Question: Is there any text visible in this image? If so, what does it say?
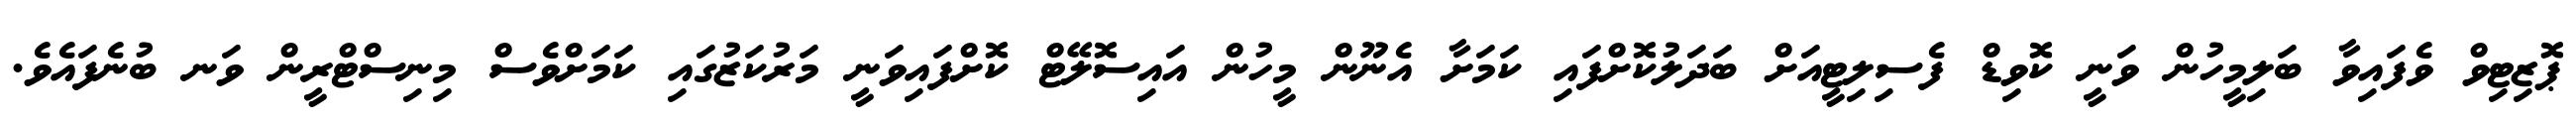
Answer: ޕޮޒިޓިވް ވެފައިވާ ބަލިމީހުން ވަނީ ކޮވިޑް ފެސިލިޓީއަށް ބަދަލުކޮށްފައި ކަމަށާ އެނޫން މީހުން އައިސޮލޭޓް ކޮށްފައިވަނީ މަރުކަޒުގައި ކަމަށްވެސް މިނިސްޓްރީން ވަނ ބުނެފައެވެ.